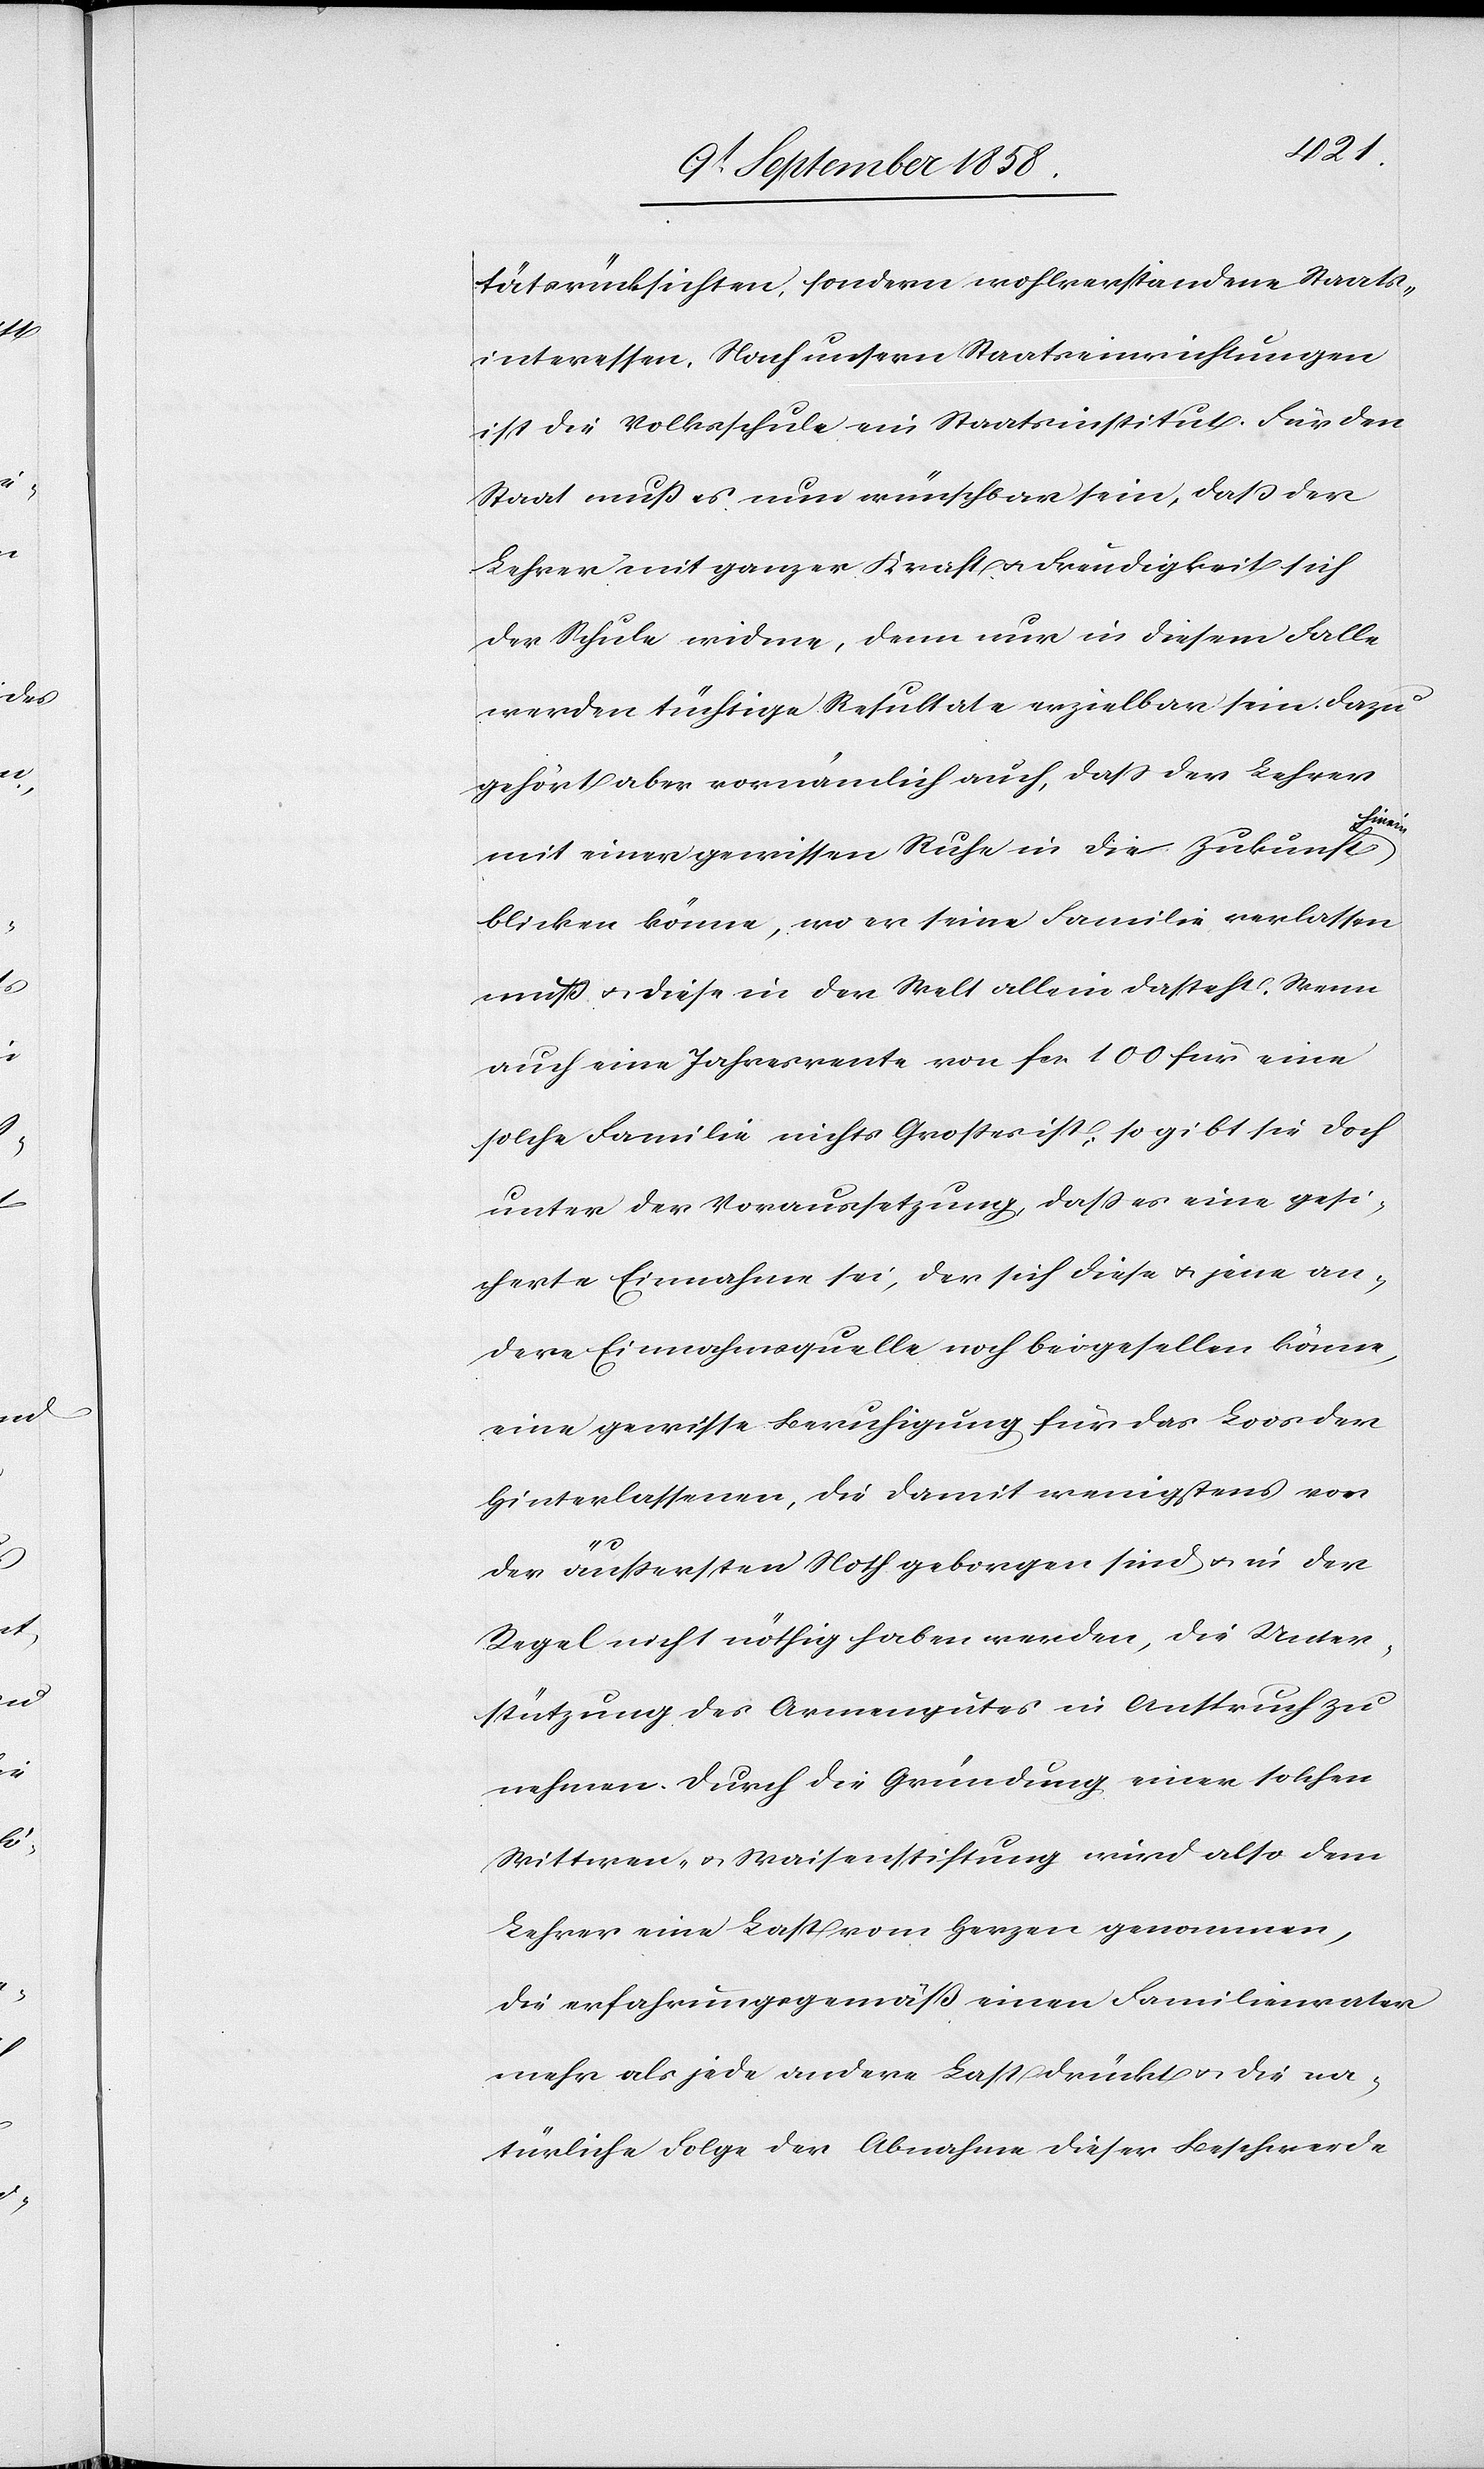
tätsrücksichten, sondern wohlverstandene Staats¬
interessen. Nach unsern Staatseinrichtungen
ist die Volksschule ein Staatsinstitut. Für den
Staat muß es nun wünschbar sein, daß der
Lehrer mit ganzer Kraft & Freudigkeit sich
der Schule widme, denn nur in diesem Falle
werden tüchtige Resultate erzielbar sein. Dazu
gehört aber vornämlich auch, dass der Lehrer
hinein
mit einer gewissen Ruhe in die Zukunft
blicken könne, wo er seine Familie verlassen
muß & diese in der Welt allein dasteht. Wenn
auch eine Jahresrente von fcs. 100 für eine
solche Familie nichts Großes ist, so gibt sie doch
unter der Voraussetzung, dass es eine gesi¬
cherte Einnahme sei, der sich diese & jene an¬
dere Einnahmsquelle noch beigesellen könne,
eine gewisse Beruhigung für das Loos der
Hinterlassenen, die damit wenigstens vor
der äußersten Noth geborgen sind & in der
Regel nicht nöthig haben werden, die Unter¬
stützung des Armengutes in Anspruch zu
nehmen. Durch die Gründung einer solchen
Wittwen- & Waisenstiftung wird also dem
Lehrer eine Last vom Herzen genommen,
die erfahrungsgemäß einen Familienvater
mehr als jede andere Last drückt & die na¬
türliche Folge der Abnahme dieser Beschwerde